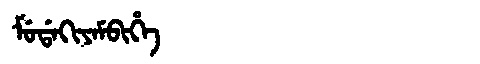
Manchu: ᠮᡠᡩᠠᡴᡳᠶᠠᠮᠪᡳᡥᡝ
Romanization: MUDAKIYAMBIHE